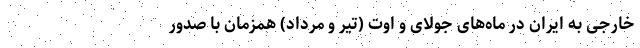
خارجی به ایران در ماه‌های جولای و اوت (تیر و مرداد) همزمان با صدور